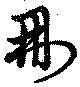
刪